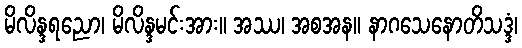
မိလိန္ဒရညော၊ မိလိန္ဒမင်းအား။ အဿ၊ အစအန။ နာဂသေနောတိသဒ္ဒံ၊